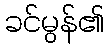
ခင်မွန်၏